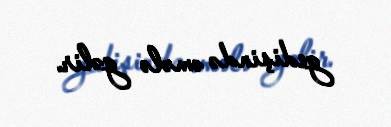
gedişində əmələ gəlir.